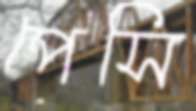
পেসি